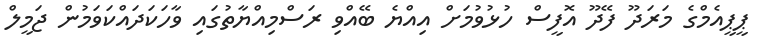
ޕީޕީއެމްގެ މަރަދޫ ފޭދޫ އޮފީސް ހުޅުވުމަށް އިއްޔެ ބޭއްވި ރަސްމިއްޔާތުގައި ވާހަކަދައްކަވަމުން ޖަމީލް